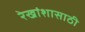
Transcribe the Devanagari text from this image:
रेखांशासाठी